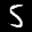
Label: 5